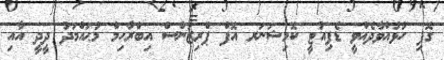
ގޮފި ހުޅުއްވާދެއްވީ ޑެޕިއުޓީ ކޮމިޝަނަރ އޮފް ޕްރިޒަންސް އިބްރާހިމް މުޙައްމަދު ދީދީ އާއި